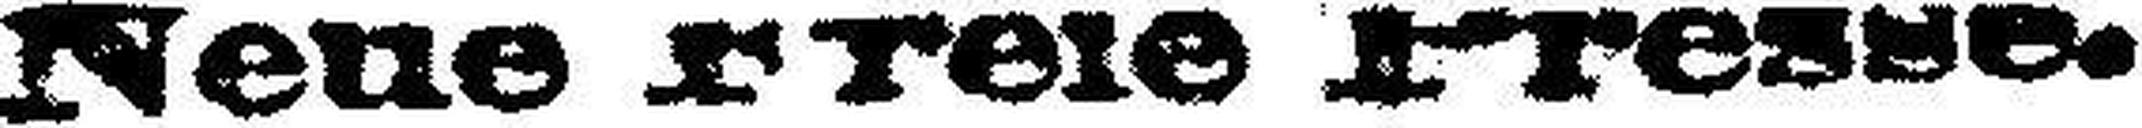
Neue Freie Presse.